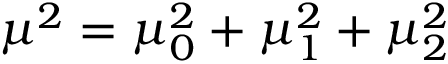
\mu ^ { 2 } = \mu _ { 0 } ^ { 2 } + \mu _ { 1 } ^ { 2 } + \mu _ { 2 } ^ { 2 }